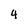
Character: 4